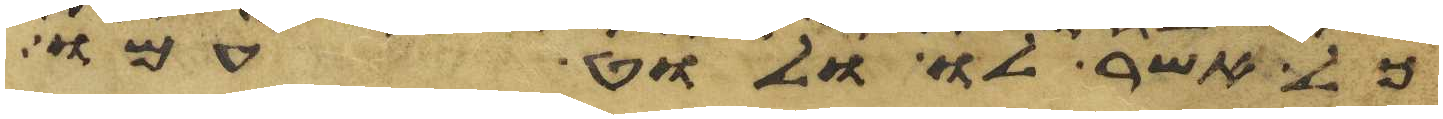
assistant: כל אשר לו ולוט עמו